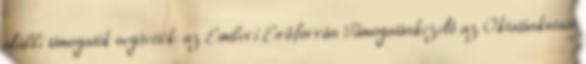
alábbi támogatók segítették: az Emberi Erőforrás Támogatáskezelő az Oktatáskutató